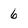
Character: 6